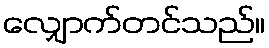
လျှောက်တင်သည်။